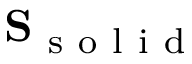
\mathbf { S } _ { \mathrm { ~ s ~ o ~ l ~ i ~ d ~ } }